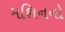
મશિનનો